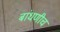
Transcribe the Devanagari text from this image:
बांधणीच